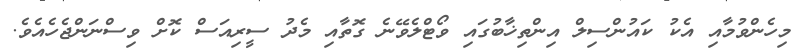
މިހެންވުމާއި އެކު ކައުންސިލް އިންތިޚާބުގައި ވޯޓްލެވޭނެ ގޮތާއި މެދު ސީރިއަސް ކޮށް ވިސްނަންޖެހެއެވެ.